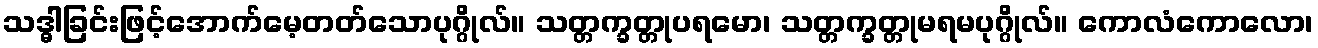
သဒ္ဓါခြင်းဖြင့်အောက်မေ့တတ်သောပုဂ္ဂိုလ်။ သတ္တက္ခတ္တုပရမော၊ သတ္တက္ခတ္တုမရမပုဂ္ဂိုလ်။ ကောလံကောလော၊